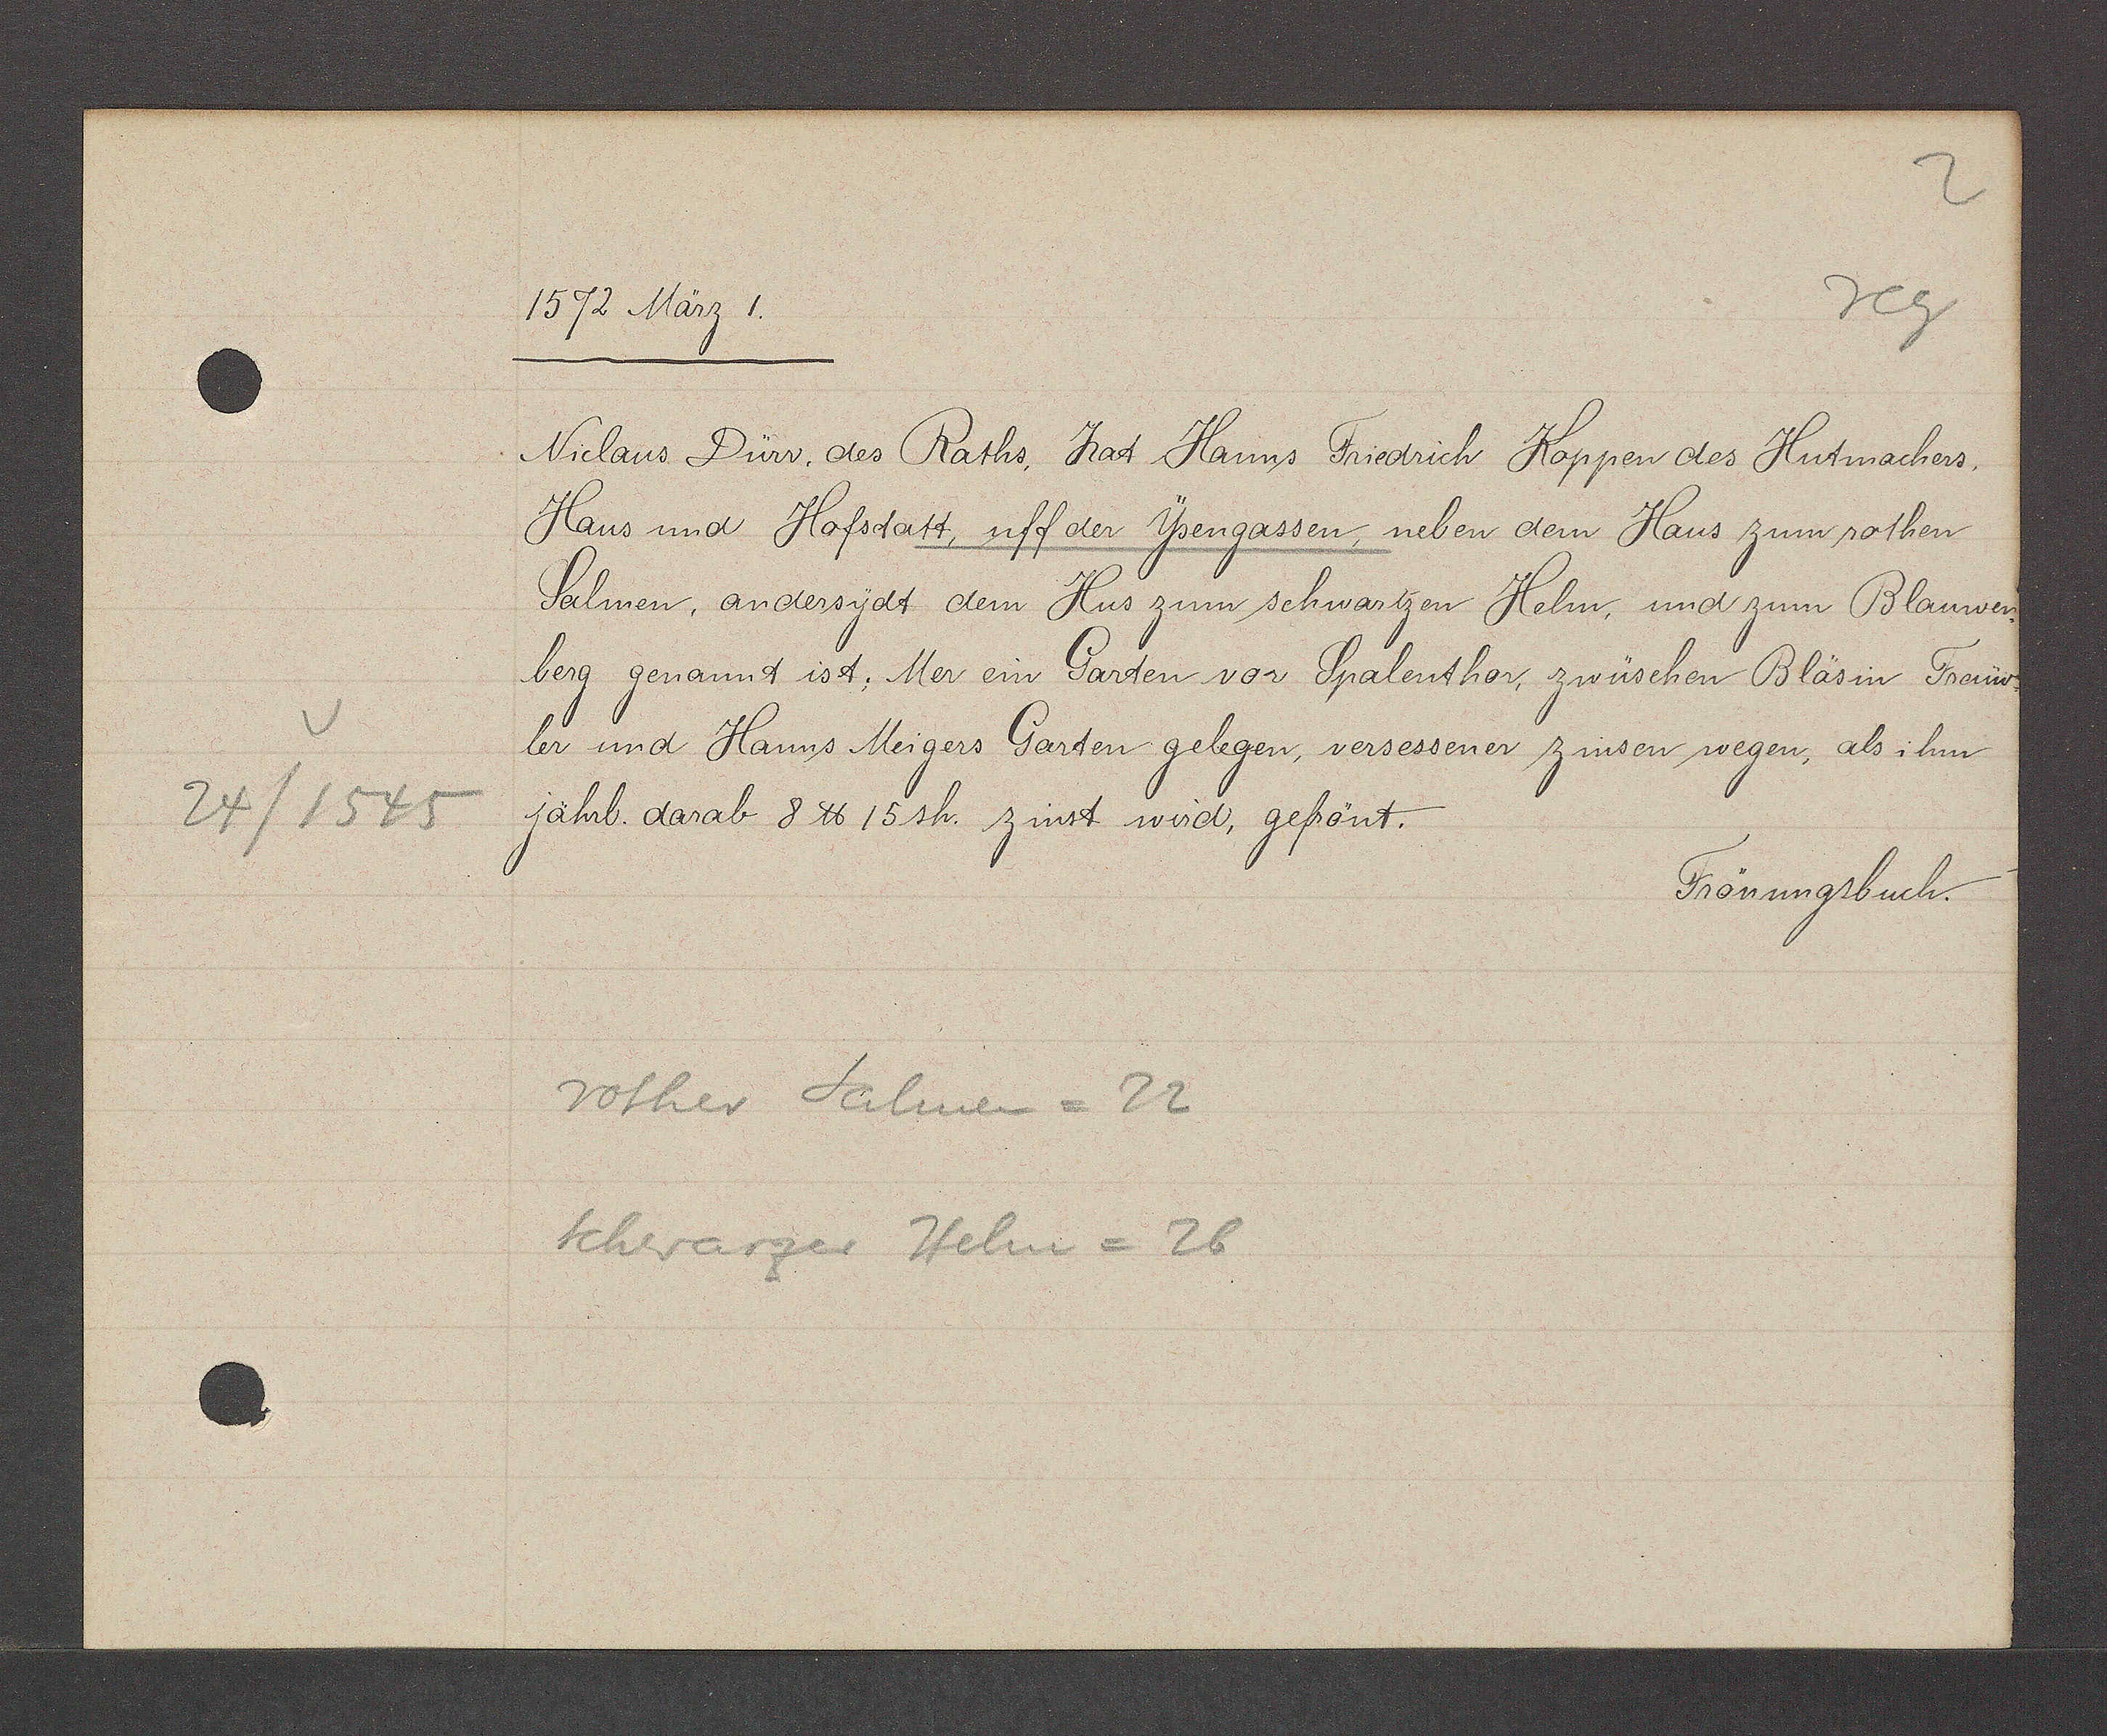
Transcript:
24/1545

1572 März 1.
Niclaus Dürr. des Raths. hat Hanns Friedrich Koppen des Hutmachers.
Haus und Hofstatt, uff der Ysengassen, neben dem Haus zum rothen
Salmen, andersydt dem Hus zum schwartzen Helm, und zum Blauwen
berg genannt ist. Mer ein Garten vor Spalenthor, zwüschen Bläsin Freüw-
ler und Hanns Meigers Garten gelegen, versessener zinsen wegen, als ihm
jahrl. darab 8 ℔ 15sh. Zinst wird, gefrönt.
Frönungsbuch.
rother Salmen=22
Schwarzer Helm= 26